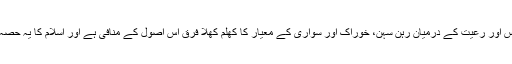
ہمارے ملک میں حکمران کلاس اور رعیت کے درمیان رہن سہن، خوراک اور سواری کے معیار کا کھلم کھلا فرق اس اصول کے منافی ہے اور اسلام کا یہ حصہ بھی ہمارے ہاں نافذ نہیں ہے۔